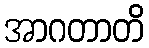
အာဂတာတိ